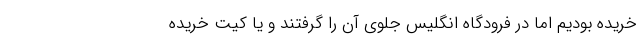
خریده بودیم اما در فرودگاه انگلیس جلوی آن را گرفتند و یا کیت خریده